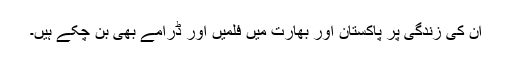
ان کی زندگی پر پاکستان اور بھارت میں فلمیں اور ڈرامے بھی بن چکے ہیں۔